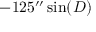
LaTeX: - 1 2 5 ^ { \prime \prime } \sin ( D )